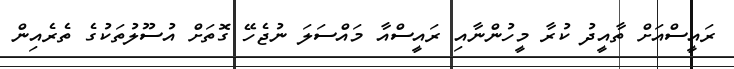
ރައީސްއަށް ތާއީދު ކުރާ މީހުންނާއި ރައީސްއާ މައްސަލަ ނުޖެހޭ ގޮތަށް އުސޫލުތަކުގެ ތެރެއިން